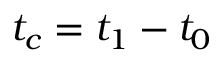
t _ { c } = t _ { 1 } - t _ { 0 }